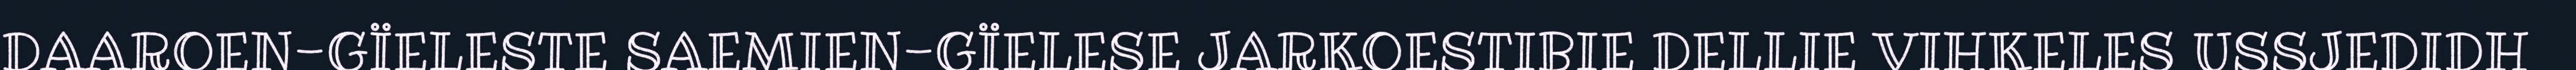
DAAROEN-GÏELESTE SAEMIEN-GÏELESE JARKOESTIBIE DELLIE VIHKELES USSJEDIDH